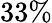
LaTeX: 33\%